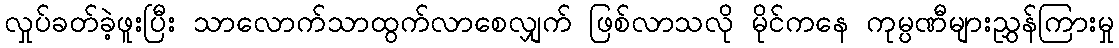
လှုပ်ခတ်ခဲ့ဖူးပြီး သာလောက်သာထွက်လာစေလျှက် ဖြစ်လာသလို မိုင်ကနေ ကုမ္ပဏီများညွှန်ကြားမှု